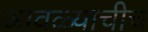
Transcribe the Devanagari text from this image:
आवळ्याचीच